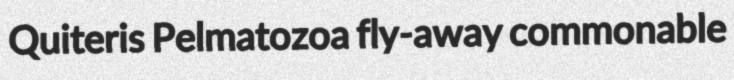
Quiteris Pelmatozoa fly-away commonable